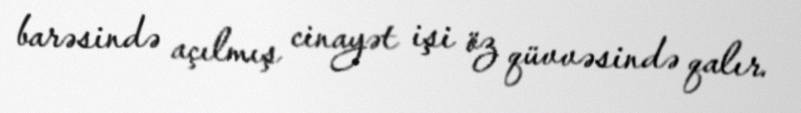
barəsində açılmış cinayət işi öz qüvvəsində qalır.